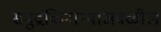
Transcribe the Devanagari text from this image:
समुद्रकिनाऱ्याजवळील